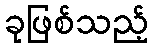
ခုဖြစ်သည့်